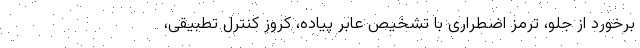
برخورد از جلو، ترمز اضطراری با تشخیص عابر پیاده، کروز کنترل تطبیقی،